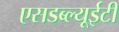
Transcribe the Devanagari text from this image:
एसडब्ल्यूईटी